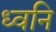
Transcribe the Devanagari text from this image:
ध्‍वनि